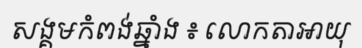
សង្គមកំពង់ឆ្នាំង ៖ លោកតាអាយុ